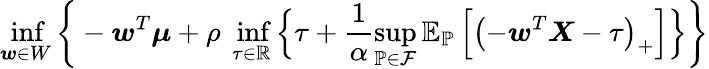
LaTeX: \operatorname*{inf}_{\boldsymbol{w}\in W}\bigg\{ -\boldsymbol{w}^{T}\boldsymbol{\mu}+\rho\ \operatorname*{inf}_{\tau\in\mathbb{R}}\Big\{ \tau+\frac{1}{\alpha}\operatorname*{sup}_{\mathbb{P}\in\mathcal{F}}\mathbb{E}_{\mathbb{P}}\left[\left(-\boldsymbol{w}^{T}\boldsymbol{X}-\tau\right)_{+}\right]\Big\} \bigg\}